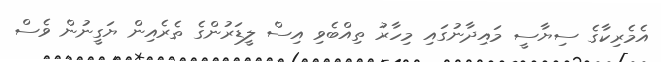
އެމެރިކާގެ ސިޔާސީ މައިދާނުގައި މިހާރު ތިއްބެވި އިސް ލީޑަރުންގެ ތެރެއިން ޔަގީނުން ވެސް